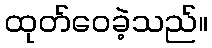
ထုတ်ဝေခဲ့သည်။